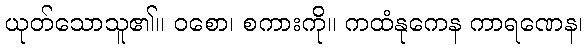
ယုတ်သောသူ၏။ ဝစော၊ စကားကို။ ကထံနုကေန ကာရဏေန၊